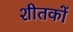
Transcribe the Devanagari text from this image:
शीतकों